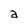
Character: a